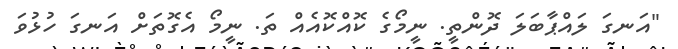
"އަނގަ ލައްޕާބަލަ ދޮންތީ. ނީމޯގެ ކޮއްކޮއެއް ތަ. ނީމޯ އެގޮތަށް އަނގަ ހުޅުވަ